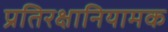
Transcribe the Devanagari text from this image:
प्रतिरक्षानियामक